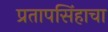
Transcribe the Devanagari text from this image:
प्रतापसिंहाचा